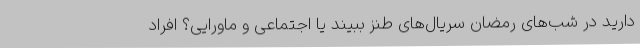
دارید در شب‌های رمضان سریال‌های طنز ببیند یا اجتماعی و ماورایی؟ افراد